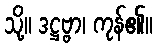
သို့။ ဒဋ္ဌဗ္ဗာ၊ ကုန်၏။